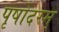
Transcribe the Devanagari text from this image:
पृषोदरम्